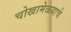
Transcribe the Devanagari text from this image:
चोखामेळयाचे